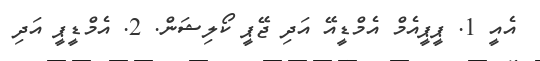
އެއީ 1. ޕީޕީއެމް އެމްޑީއޭ އަދި ޖޭޕީ ކޯލިޝަން. 2. އެމްޑީޕީ އަދި